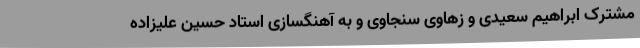
مشترک ابراهیم سعیدی و زهاوی سنجاوی و به آهنگسازی استاد حسین علیزاده